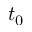
t _ { 0 }